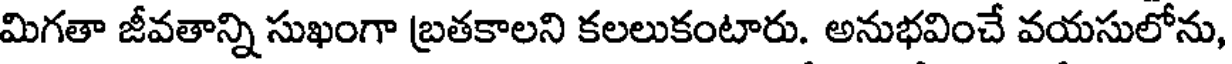
మిగతా జీవతాన్ని సుఖంగా బ్రతకాలని కలలుకంటారు. అనుభవించే వయసులోను,